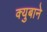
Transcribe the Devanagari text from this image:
क्युबाने